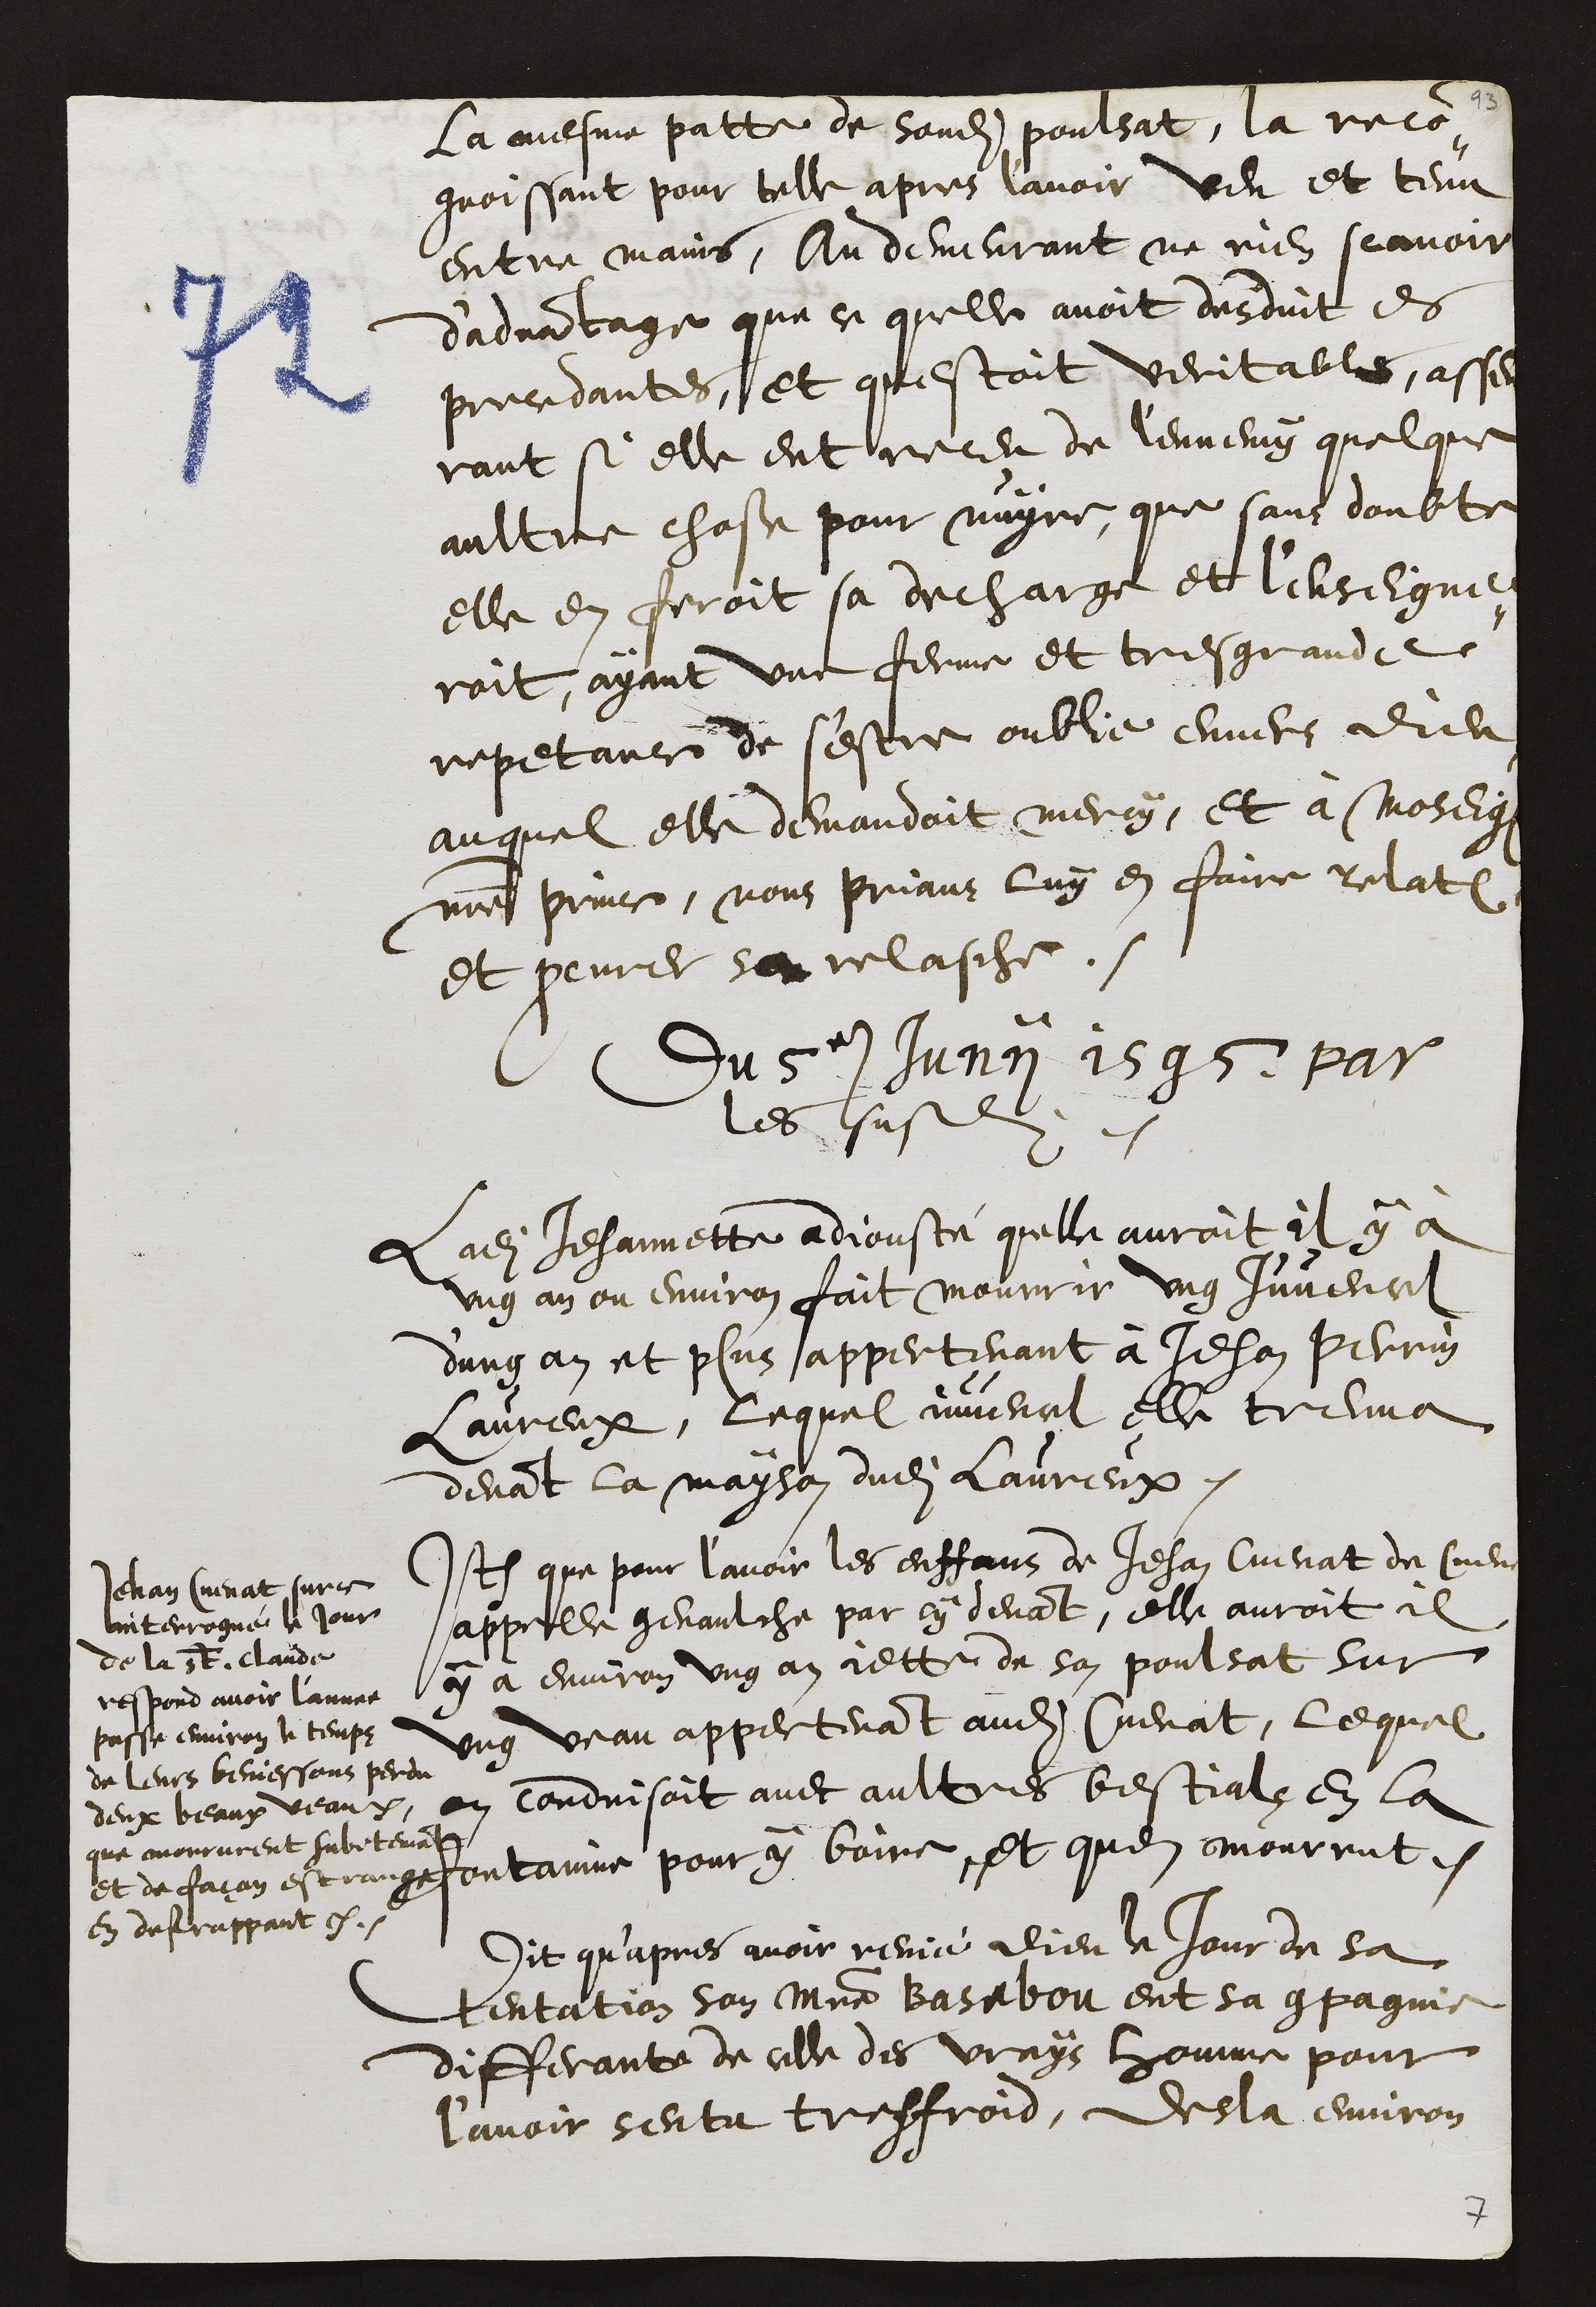
la mesme patte de sondit poulsat, la recon¬
gnoissant pour telle apres l'avoir veu et tenu
entre mains, Au demeurant ne rien scavoir
d'advantage que ce quelle avoit desduit es
precedantes, et questoit veritables, asseu¬
rant si elle eut receu de l'ennemy quelque
aultre chose pour nuyre, que sans doubte
elle en feroit sa decharge et l'enseigne¬
roit, ayant une ferme et tres grande
repetance de s'estre oublie envers dieu,
auquel elle demandoit mercy, et à moseig
notre prince, nous prians luy en faire relat
et procurer sa relasche.
Du 5e Juny 1595 par
les susdits
Ladite Jehannette adjouste quelle auroit il y à
ung an ou environ fait mourrir ung Juvencel
dung an et plus appertenant à Jehan Perrin
Laureux, lequel juvencel elle treuva
devant la mayson dudit Laureux.
Item que pour l’avoir les enffans de Jehan Cuenat de Cueve
appelle genaulche par cy devant, elle auroit il
y à environ ung an jette de son poulsat sur
ung veau appertenant audit Cuenat, lequel
en conduisoit avec aultres bestials en la
fontaine pour y boire, et quen mourrut.
Jehan Cuenat sur ce
interrogué le jour
de la St. Claude
respond avoir l'annee
passe environ le temps
de leurs beniessons perdu
deux beaux veaux,
que moururent subitement
et de façon estrange
en defrappant.
Dit qu'apres avoir renié dieu le jour de sa
tentation son Maistre Basebou eut sa compagnie
differante de celle des vrays homme pour
l’avoir sentu tresfroid, desla environ

7